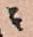
ニ